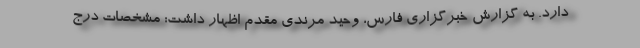
دارد. به گزارش خبرگزاری فارس، وحید مرندی مقدم اظهار داشت: مشخصات درج